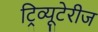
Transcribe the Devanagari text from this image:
ट्रिव्यूटेरीज